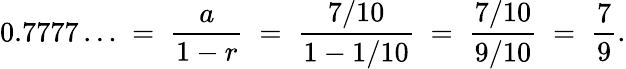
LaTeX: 0.7777\ldots\; =\; {\frac{a}{1-r}}\; =\; {\frac{7/10}{1-1/10}}\; =\; {\frac{7/10}{9/10}}\; =\; {\frac{7}{9}}.